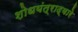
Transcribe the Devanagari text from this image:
शोधयंत्राद्वारे